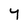
Character: Y